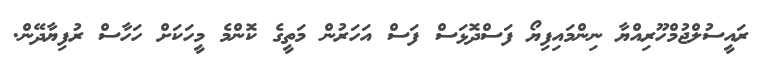
ރައީސުލްޖުމްހޫރިއްޔާ ނިންމައިފިޔޯ ފަސްދޮޅަސް ފަސް އަހަރުން މަތީގެ ކޮންމެ މީހަކަށް ހަހާސް ރުފިޔާދޭން.